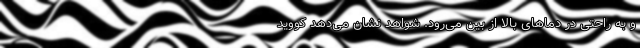
و به راحتی در دما‌های بالا از بین می‌رود. شواهد نشان می‌دهد کووید